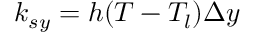
k _ { s y } = h ( T - T _ { l } ) \Delta y